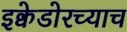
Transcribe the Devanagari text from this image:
इक्वेडोरच्याच